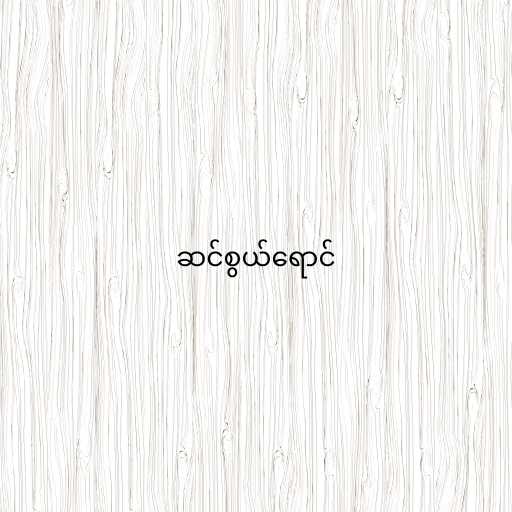
ဆင်စွယ်ရောင်